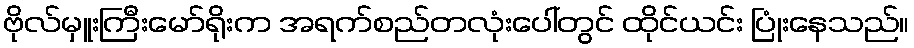
ဗိုလ်မှူးကြီးမော်ရိုးက အရက်စည်တလုံးပေါ်တွင် ထိုင်ယင်း ပြုံးနေသည်။